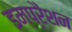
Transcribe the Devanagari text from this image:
इम्प्रैशन